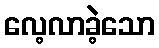
လေ့လာခဲ့သော